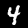
Label: 4